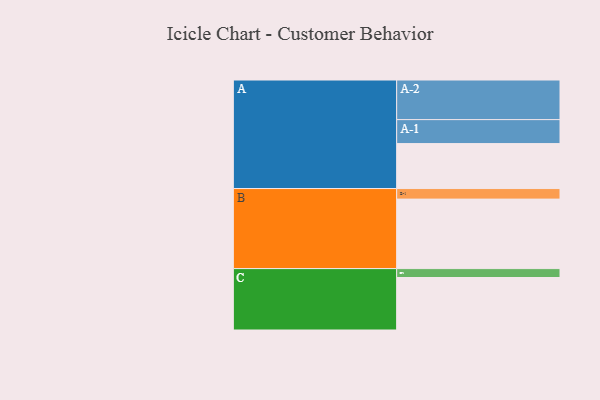
{"axis": {"x": "Segment", "y": "Value"}, "legend": ["", "A", "B", "C"], "data": [{"x": "A", "y": 328, "type": ""}, {"x": "B", "y": 507, "type": ""}, {"x": "C", "y": 383, "type": ""}, {"x": "A-1", "y": 175, "type": "A"}, {"x": "A-2", "y": 289, "type": "A"}, {"x": "B-1", "y": 77, "type": "B"}, {"x": "C-1", "y": 65, "type": "C"}]}